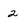
Character: 2